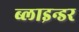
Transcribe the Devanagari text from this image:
ब्लाइन्डर